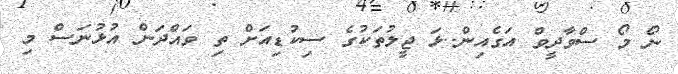
ނޯ މޯ ސްވާދީވް އަގެއިން..ޅަ ޖީލުތަކުގެ ސިކުޑިއަށް ތި ވައްދަން އުޅުނަސް މި